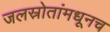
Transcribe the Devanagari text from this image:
जलस्रोतांमधूनच